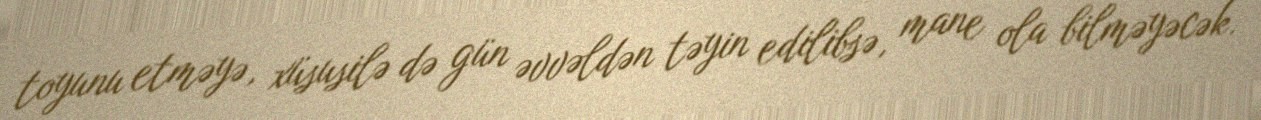
toyunu etməyə, xüsusilə də gün əvvəldən təyin edilibsə, mane ola bilməyəcək.